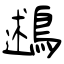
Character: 鶐